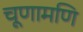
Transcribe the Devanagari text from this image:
चूणामणि